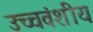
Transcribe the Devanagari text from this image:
उच्चवंशीय